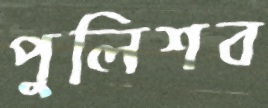
পুলিশব